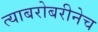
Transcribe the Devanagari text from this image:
त्याबरोबरीनेच